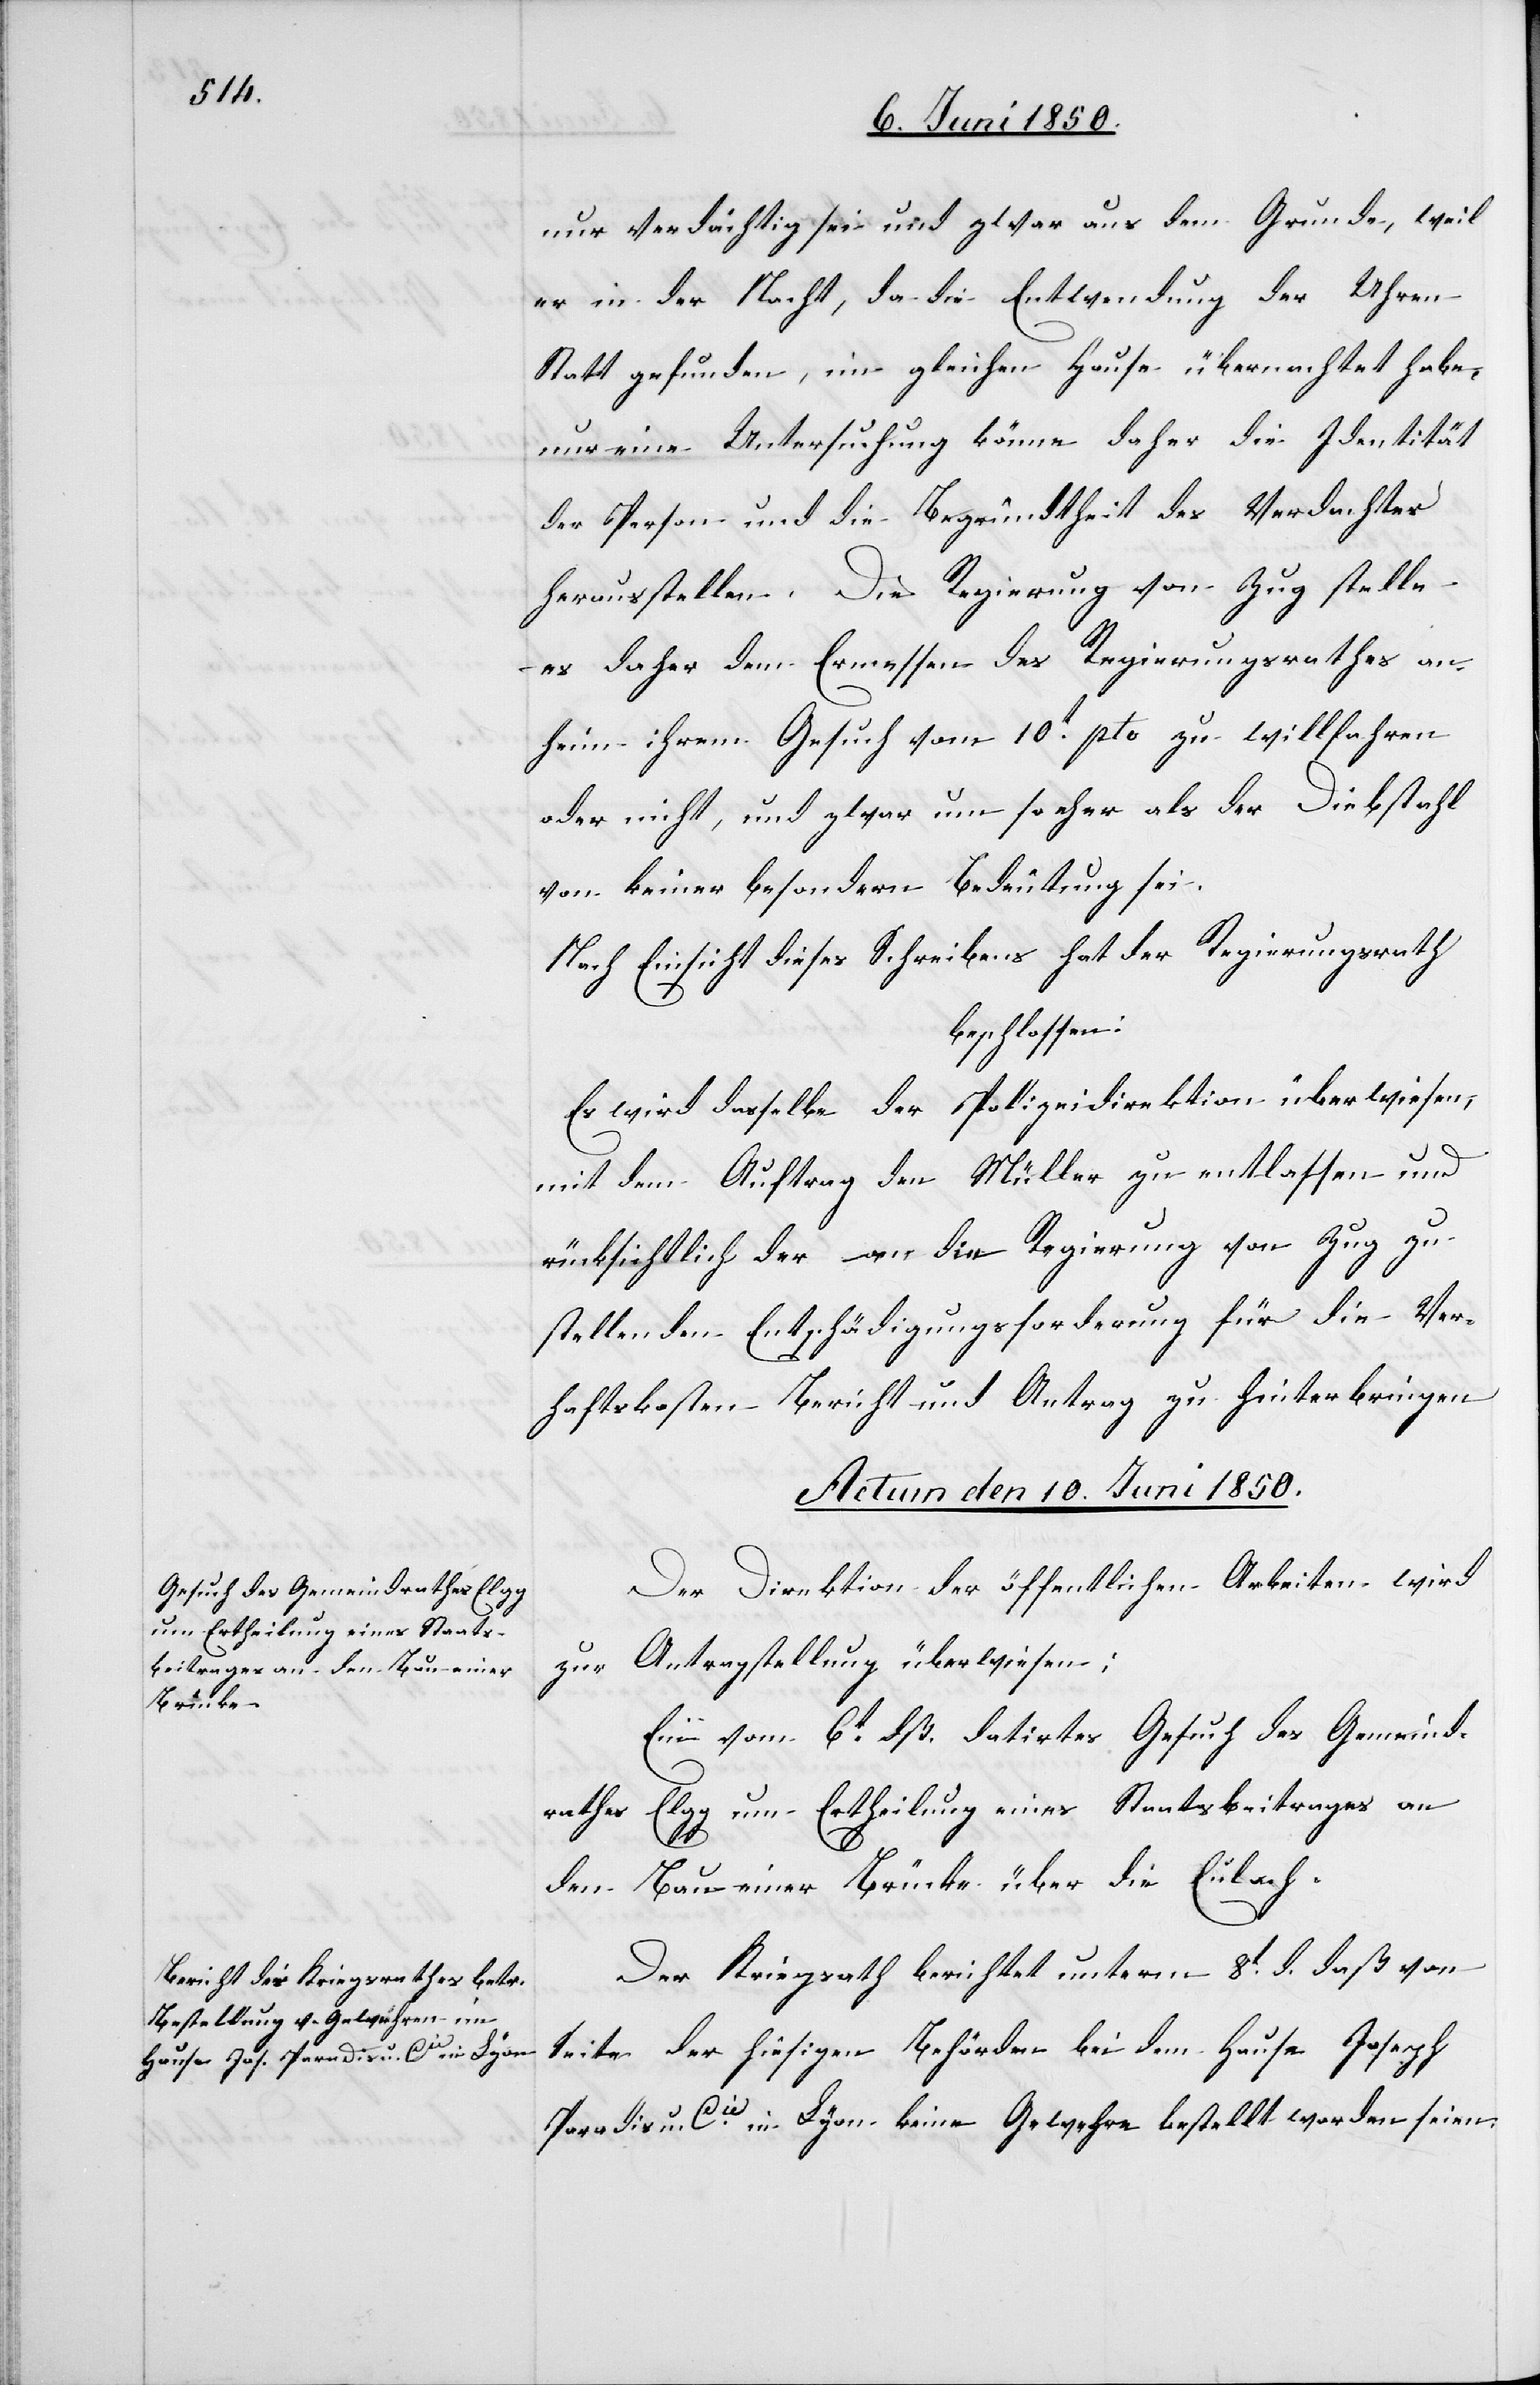
nur verdächtig sei und zwar aus dem Grunde, weil
er in der Nacht, da die Entwendung der Uhren
Statt gefunden, im gleichen Hause übernachtet habe,
nur eine Untersuchung könne daher die Identität
der Person und die Begründtheit des Verdachtes
herausstellen. Die Regierung von Zug stelle
es daher dem Ermessen des Regierungsrathes an¬
heim ihrem Gesuch vom 10t pto zu willfahren
oder nicht, und zwar um so eher als der Diebstahl
von keiner besondern Bedeutung sei.
Nach Einsicht dieses Schreibens hat der Regierungsrath
beschlossen:
Es wird dasselbe der Polizeidirektion überwiesen,
mit dem Auftrag den Müller zu entlassen und
rücksichtlich der an die Regierung von Zug zu
stellenden Entschädigungsforderung für die Ver¬
haftskosten Bericht und Antrag zu hinterbringen.
Actum den 10. Juni 1850.]
Der Direktion der öffentlichen Arbeiten wird
zur Antragstellung überwiesen:
Ein vom 6t dß. datirtes Gesuch des Gemeind¬
rathes Elgg um Ertheilung eines Staatsbeitrages an
den Bau einer Brücke über die Eulach.
Der Kriegsrath berichtet unterm 8t d. daß von
Seite der hiesigen Behörden bei dem Hause Joseph
Paradis u. Cie in Lyon keine Gewehre bestellt worden seien.